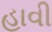
હાવી